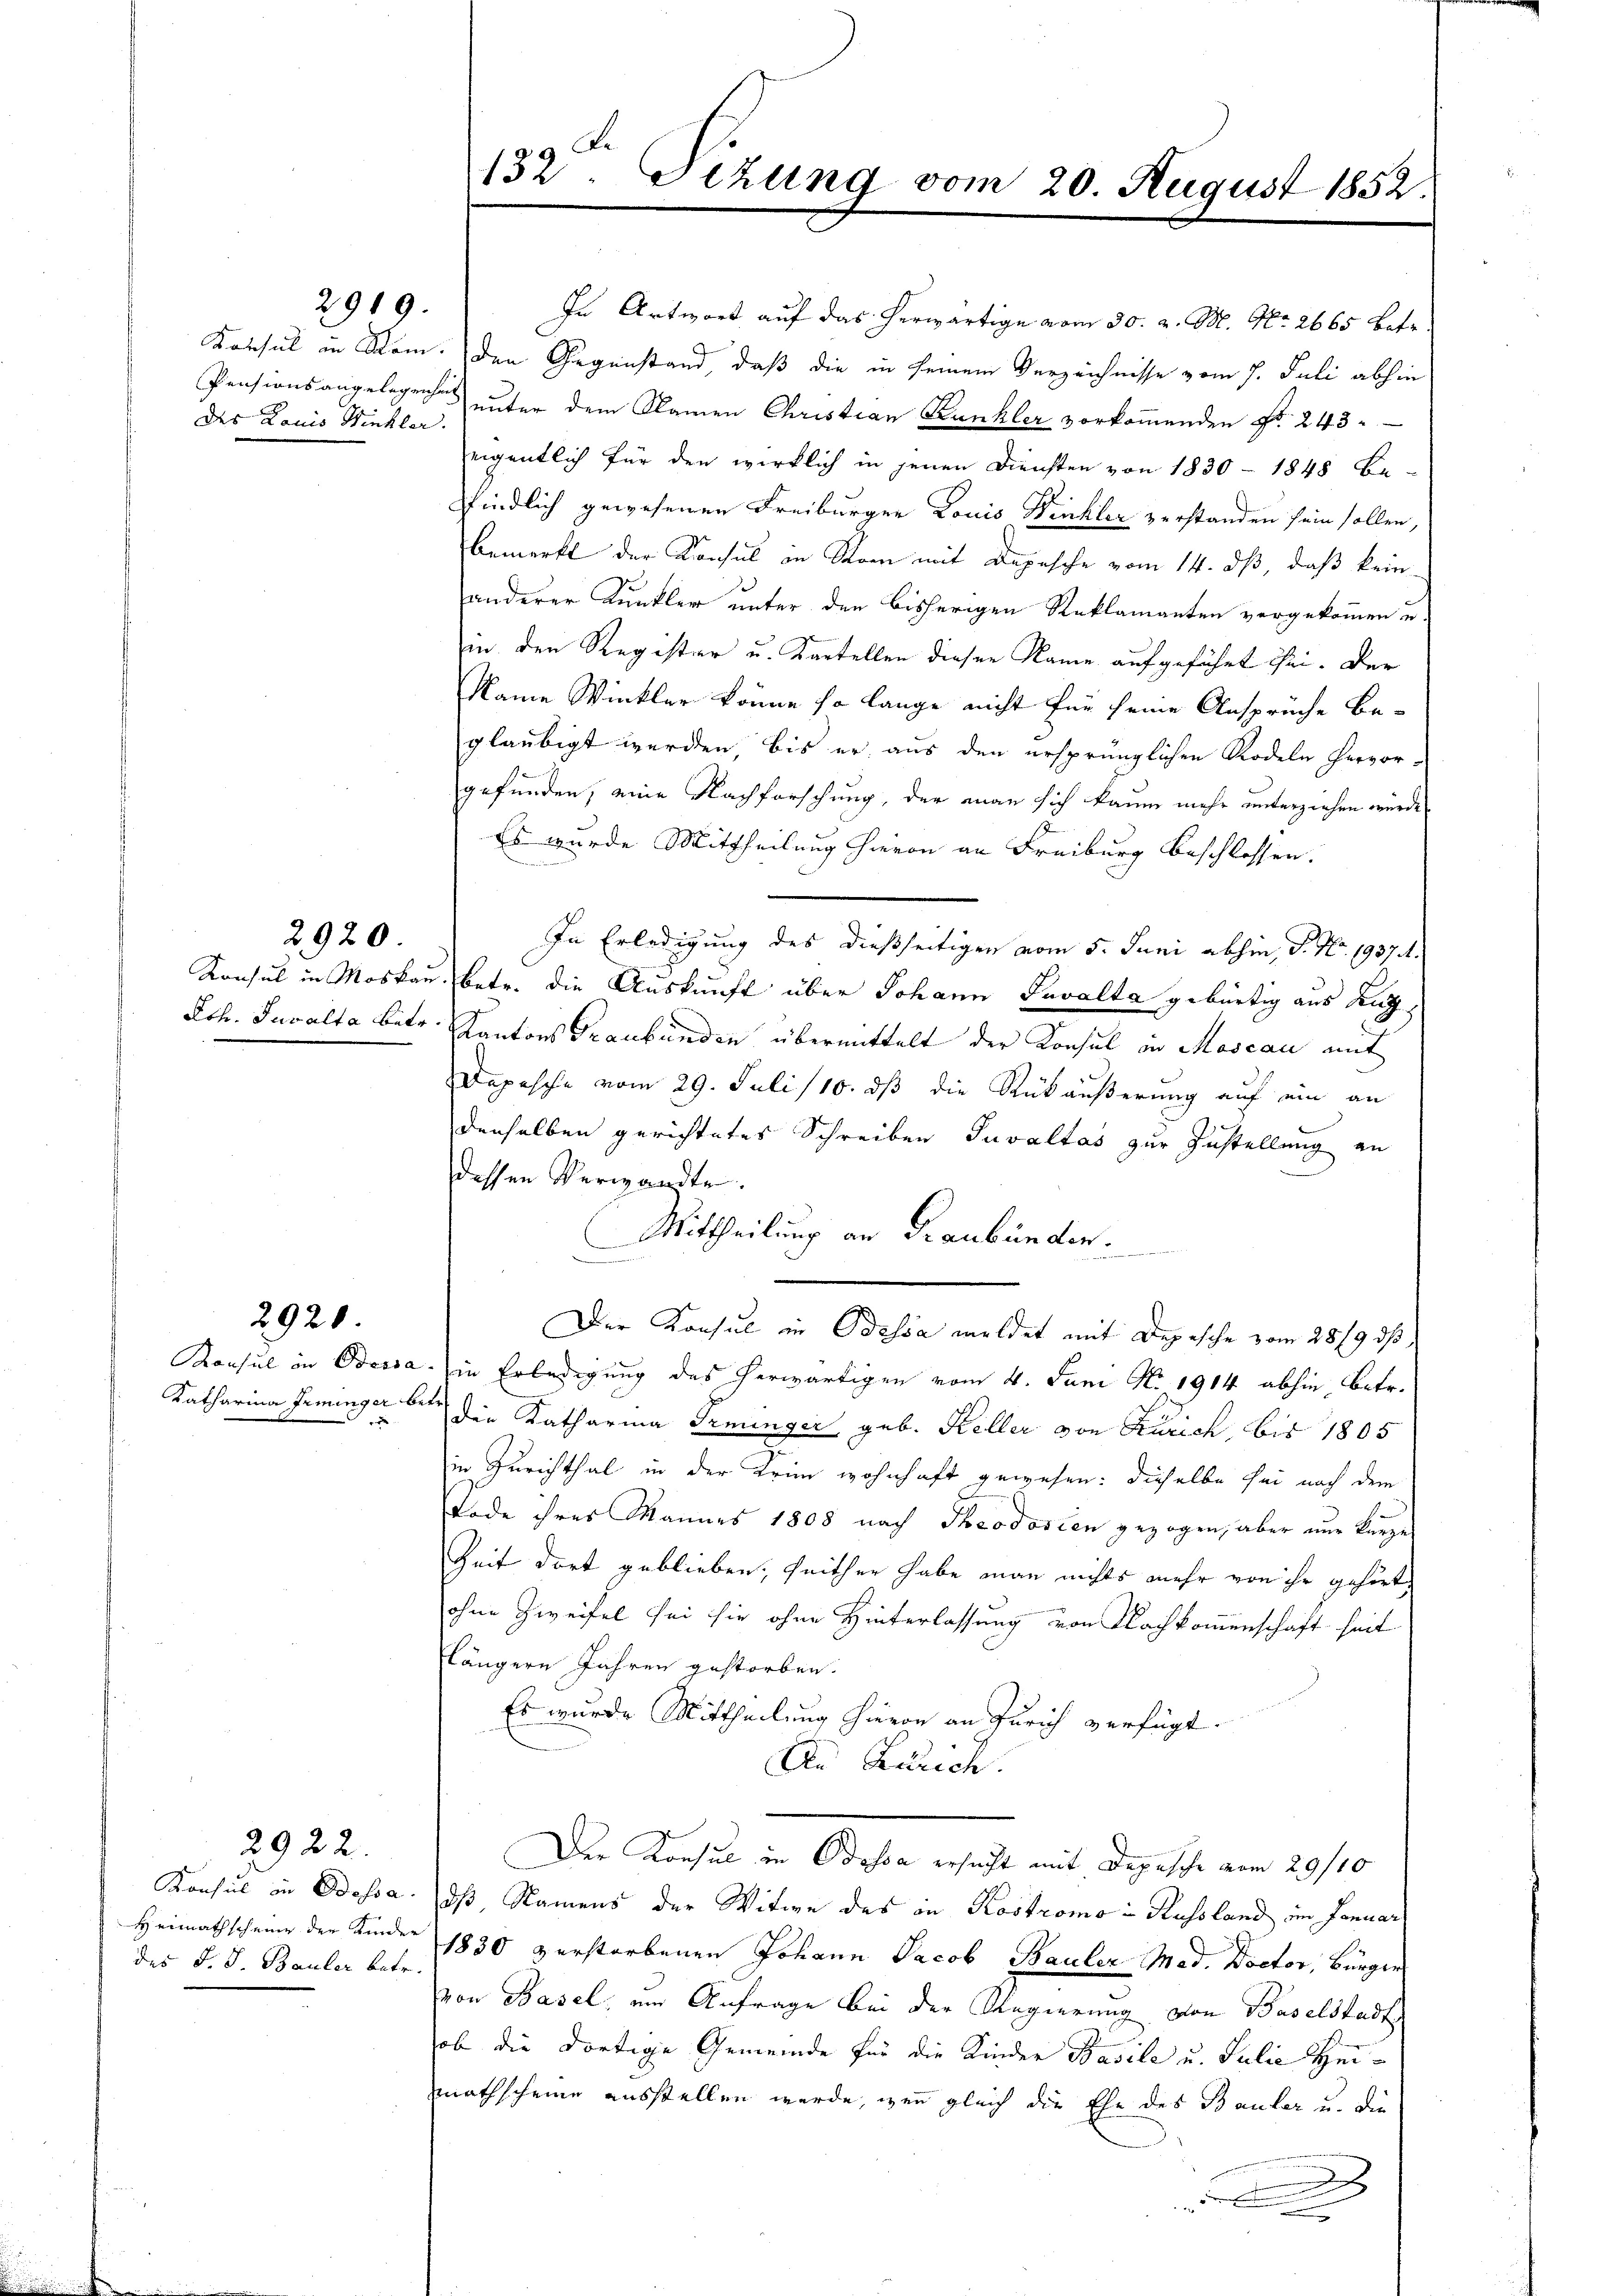
des Louis Winkler.

2920

2920.

2922.

2919.

Konsul in Bossa
Heimathscheine der Kinder
des J. J. Bauler betr.

132. Sitzung vom 20. August 1852.

In Antwort auf das herwärtige vom 30. v. M. No. 2665 betr.
Konsul in Rom. Den Gegenstand, daß die in seinem Verzeichnisse vom 7. Juli abhin
Pensionsangelegenher unter dem Namen Christian Kunkler vorkommenden Fr. 243.
eigentlich für den wirklich in jenen Diensten von 1830 - 1848 be-
pfindlich gewesenen Freiburger Louis Winkler verstanden sein sollen,
bemerkt der Konsul in Man mit Depesche vom 14. dß, daß kein
anderer Kunkler unter den bisherigen Reklamanten vorgekommen u.
in den Register u. Kartellen dieser Name aufgeführt sei. Der
Name Winkler könne so lange nicht für seine Ansprüche beglaubigt werden, bis er aus den ersprünglichen Rodeln hervor-
gefunden, eine Nachforschung, der man sich kaum mehr unterziehen würde,
Es wurde Mittheilung hievon an Freiburg beschlossen:
In Erledigung des dießseitigen vom 5. Juni abhin, S. Nr. 1937.4.
Konsul in Moskau betr. die Auskunft über Johann Savalta gebürtig aus Kutz¬
Joh. Juralta betr. Kantons Graubünden übermittelt der Konsul in Mascau mit
Depesche vom 29. Juli/18. dß die Rückäußerung auf ein an
denselben gerichtetes Schreiben Juvaltas zur Zustellung an
dessen Verwandte.
Mittheilung an Graubünden.
Der Konsul in Odessa meldet mit Depesche vom 28/9. ds
Konsul in Odessa in Erledigung des herwärtigen vom 4. Juni N. 1914 abhin betr.
Katharina feminger betr. die Katharina Freunger geb. Keller von Zürich, bis 1805
in Zürichthal in der Krim wohnhaft gewesen: dieselbe sei nach dem
Tode ihres Mannes 1808 nach Theodorien gezogen, aber nur kurze
Zeit dort geblieben, seither habe man nichts mehr von ihr gehört,
ohne Zweifel sei sie ohne Hinterlassung von Nachkommenschaft seit
längere Jahren gestorben.
Es wurde Mittheilung hievon an Zürich verfügt:
An Zürich.
Der Konsul in Bossa ersucht mit Depesche vom 29/10
dß, Namens der Witwe des in Kostromo in Russland im Januar
1830 verstorbenen Johann Jacob Bauler Mad. Doctor, Bürger
von Basel, um Anfrage bei der Regierung von Baselstadt
ob die dortige Gemeinde für die Kinder Basile u. Julie Heimathscheine ausstellen werde, wenn gleich die Ehe des Bauler u. die
2